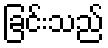
ခြင်းသည်